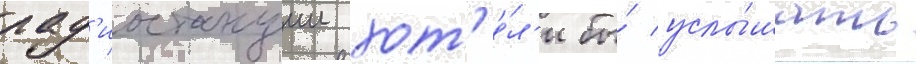
рад'иостанции хот'е́л'и бы́ услы́шать